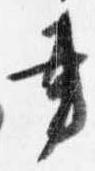
書